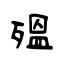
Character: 殟